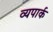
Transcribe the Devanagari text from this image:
व्यपार्क